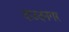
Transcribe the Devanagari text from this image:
दाउदनगर